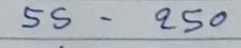
55 - 250